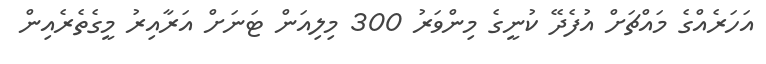
އަހަރެއްގެ މައްޗަށް އުފެދޭ ކުނީގެ މިންވަރު 300 މިލިއަން ޓަނަށް އަރާއިރު މީގެތެރެއިން